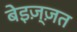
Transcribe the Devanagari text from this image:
बेइज़्ज़त